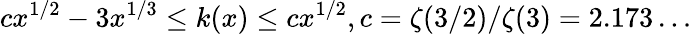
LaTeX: cx^{1/2}-3x^{1/3}\leq k(x)\leq cx^{1/2},c=\zeta(3/2)/\zeta(3)=2.173\ldots